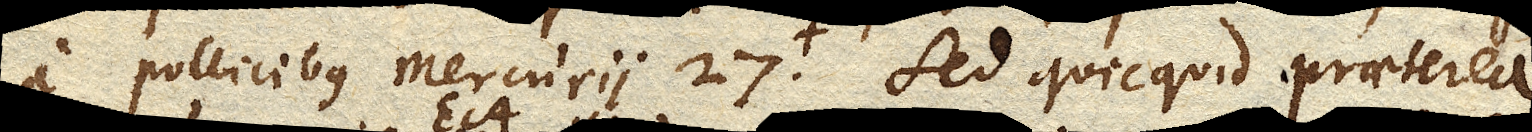
a pollicibus Mercurii 27 . Sed quicquid praeterea